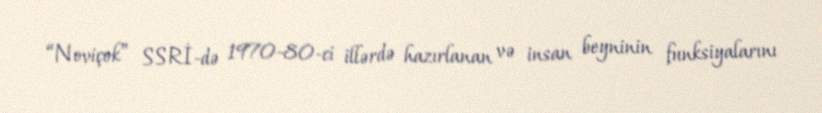
“Noviçok” SSRİ-də 1970-80-ci illərdə hazırlanan və insan beyninin funksiyalarını